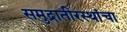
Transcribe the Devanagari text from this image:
समुद्रातीरस्थांचा